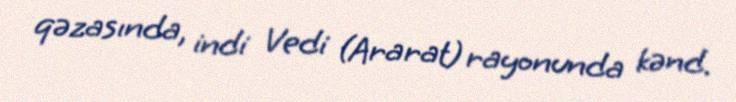
qəzasında, indi Vedi (Ararat) rayonunda kənd.